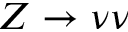
Z \to \nu \nu